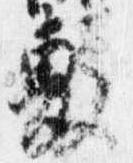
敷